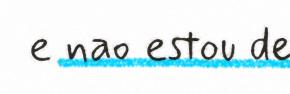
e nao estou de